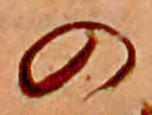
の